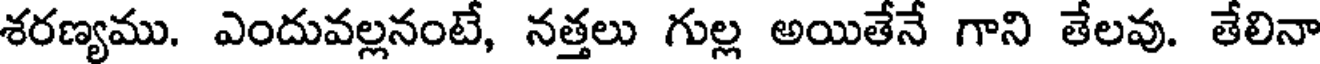
శరణ్యము. ఎందువల్లనంటే, నత్తలు గుల్ల అయితేనే గాని తేలవు. తేలినా